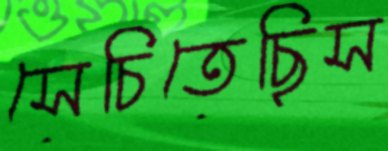
সেচিতেছিস